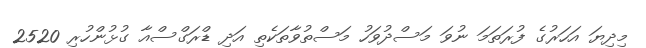
މިދިޔަ އަހަރުގެ ފުރަތަމަ ނުވަ މަސްދުވަހު މަސްތުވާތަކެތި އަދި ޑްރަގްސްއާ ގުޅުންހުރި 2520